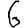
Digit: 6